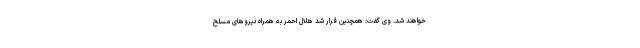
خواهند شد. وی گفت: همچنین قرار شد هلال احمر به همراه نیرو‌های مسلح